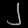
Digit: ၂